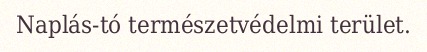
Naplás-tó természetvédelmi terület.